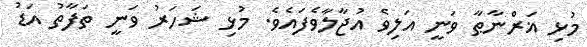
މުޅި ޣަރްނާޠާ ވަނީ އަލިވެ އުޖާލާވެފައެވެ. މުޅި ޝަހަރު ވަނީ ތަފާތު އަޑު